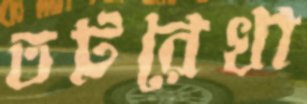
তটরেখা